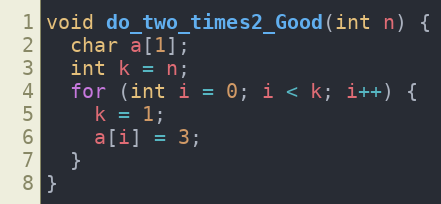
Language: C
void do_two_times2_Good(int n) {
  char a[1];
  int k = n;
  for (int i = 0; i < k; i++) {
    k = 1;
    a[i] = 3;
  }
}